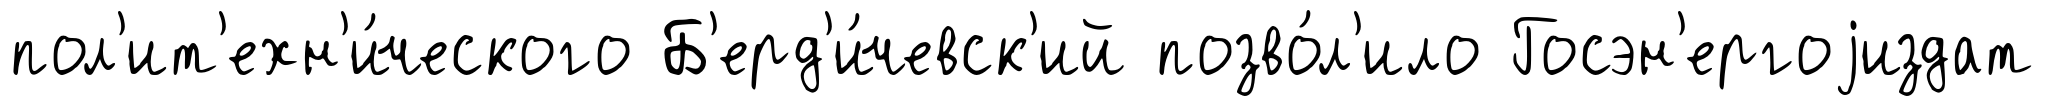
пол'ит'ехн'и́ческого Б'ерд'и́чевск'ий позво́л'ило Госэн'ергоjиздат